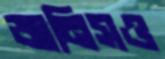
জানিসও